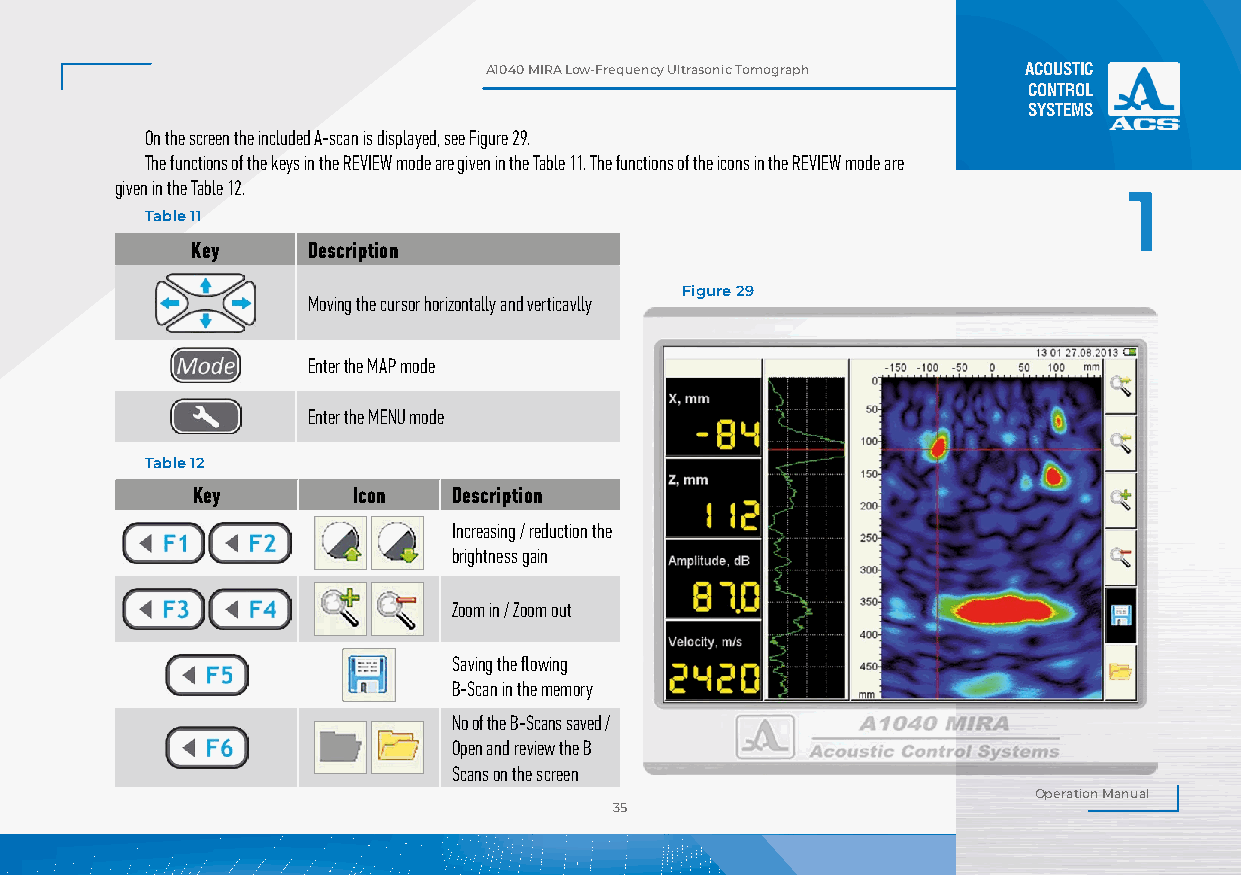
А1040 MIRA Low-Frequency Ultrasonic Tomograph ACOUSTIC
 CONTROL
 SYSTEMS
 On the screen the included A-scan is displayed, see Figure 29.
 The functions of the keys in the REVIEW mode are given in the Table 11. The functions of the icons in the REVIEW mode are
 given in the Table 12.
 1
 Table 11
 Key    Description
 Figure 29
 Moving the cursor horizontally and verticavlly
 Enter the MAP mode
 Enter the MENU mode
 Table 12
 Key       Icon   Description
 Increasing / reduction the
 brightness gain
 Zoom in / Zoom out
 Saving the flowing
 B-Scan in the memory
 No of the B-Scans saved /
 Open and review the B
 Scans on the screen
 Operation Manual
 35